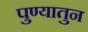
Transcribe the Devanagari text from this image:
पुण्यातुन